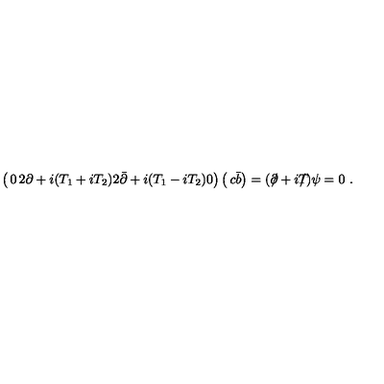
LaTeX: \left( \begin{matrix} { 0 } & { 2 \partial + i ( T _ { 1 } + i T _ { 2 } ) } \\ { 2 \bar { \partial } + i ( T _ { 1 } - i T _ { 2 } ) } & { 0 } \\ \end{matrix} \right) \left( \begin{matrix} { c } \\ { \bar { b } } \\ \end{matrix} \right) = ( \partial \! \! \! / + i T \! \! \! \! / ) \psi = 0 \ .